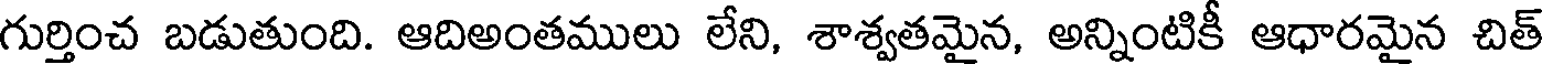
గుర్తించ బడుతుంది. ఆదిఅంతములు లేని, శాశ్వతమైన, అన్నింటికీ ఆధారమైన చిత్